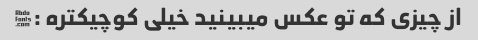
از چیزی که تو عکس میبینید خیلی کوچیکتره :|